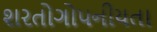
શરતોગોપનીયતા